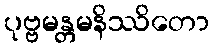
ပုဗ္ဗမန္တမနိဿိတော